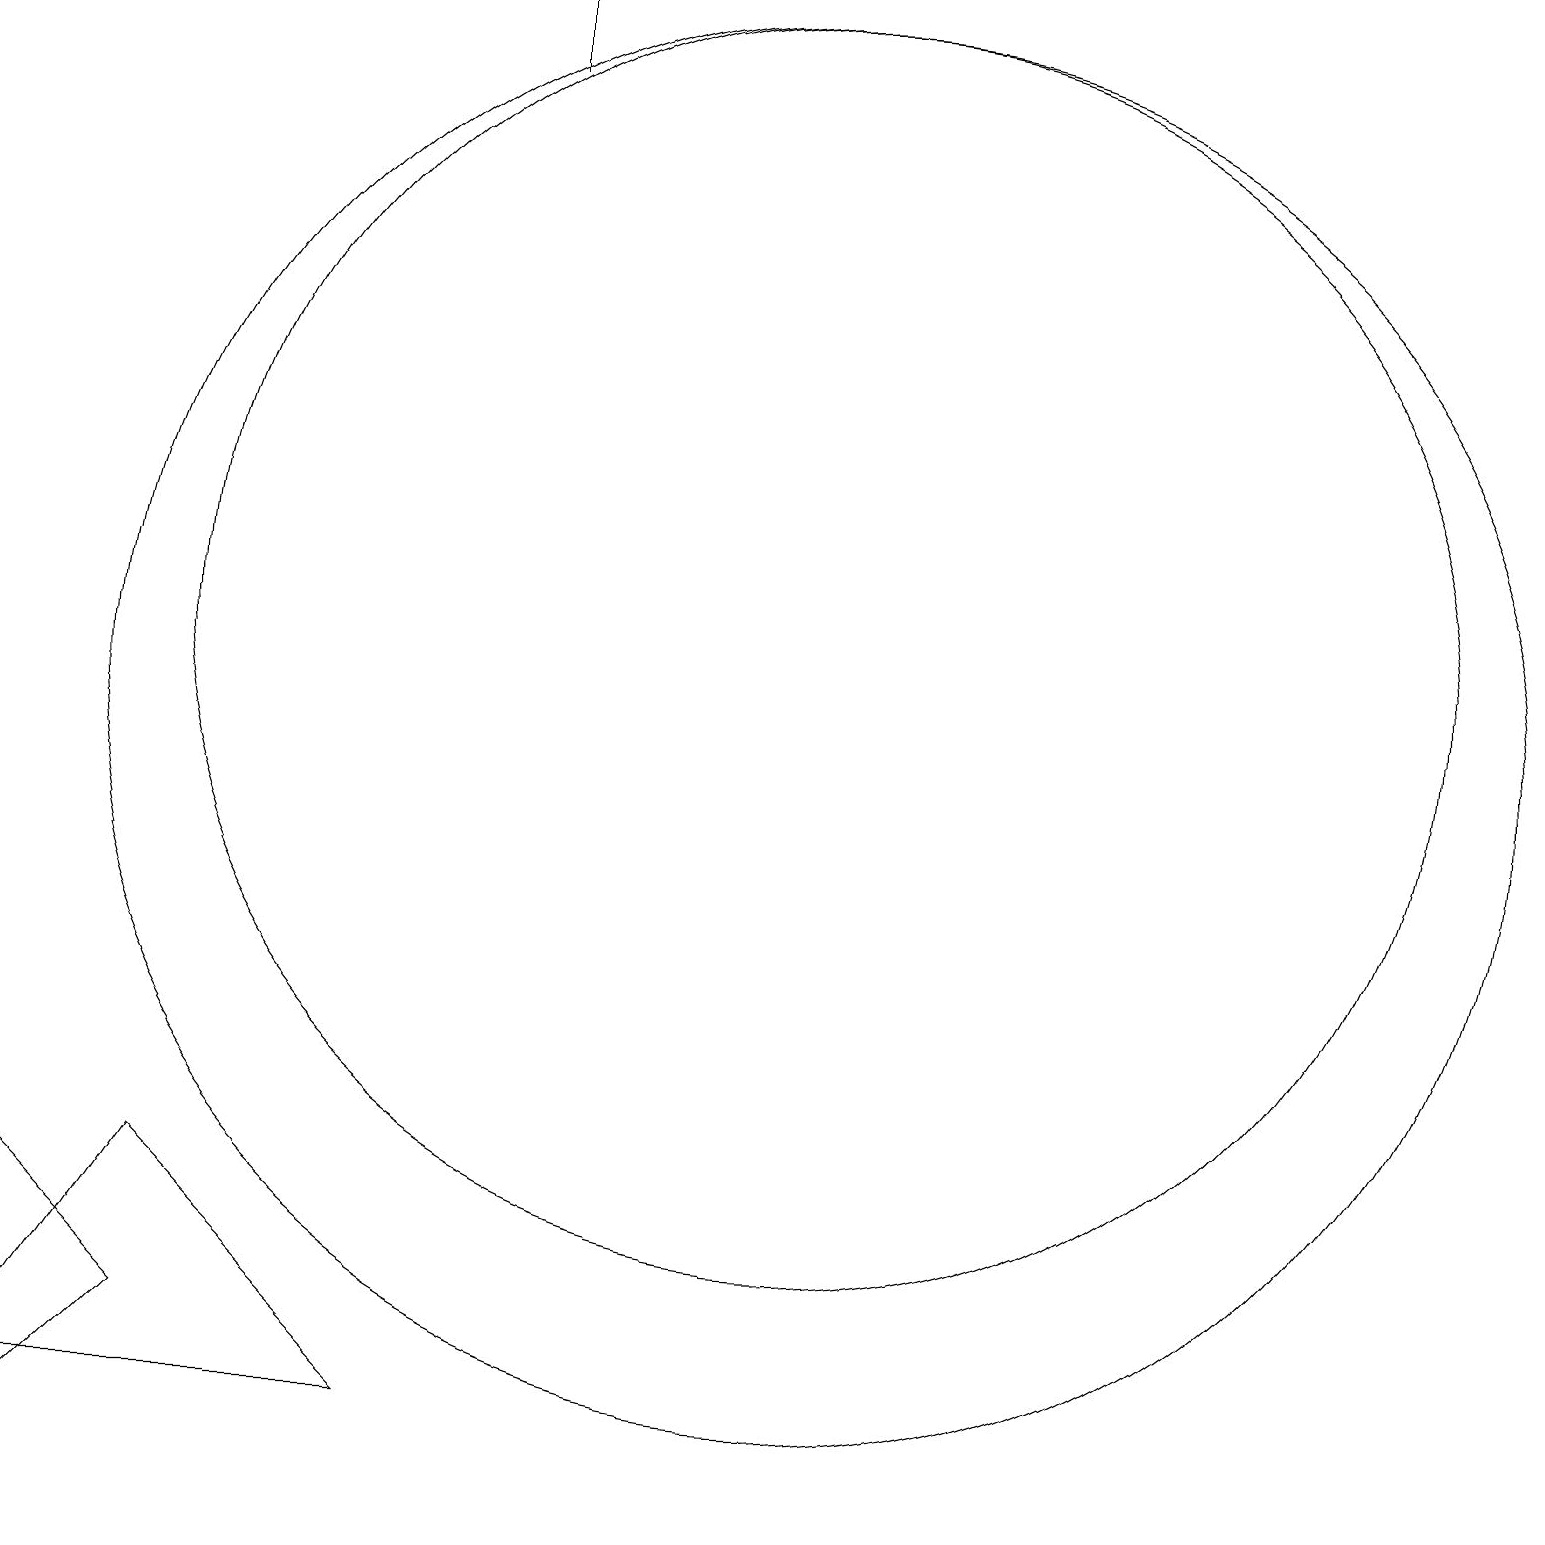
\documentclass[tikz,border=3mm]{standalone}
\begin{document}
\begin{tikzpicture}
\draw (10,10) circle (9);
\draw[->] (6,18) -- (6,19);
\draw (10,11) circle (8);
\draw (2,2) -- (0,0) -- (0,4) -- cycle;
\draw (2,4) -- (0,1) -- (5,1) -- cycle;
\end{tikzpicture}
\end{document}